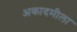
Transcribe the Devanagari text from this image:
अकादमीला